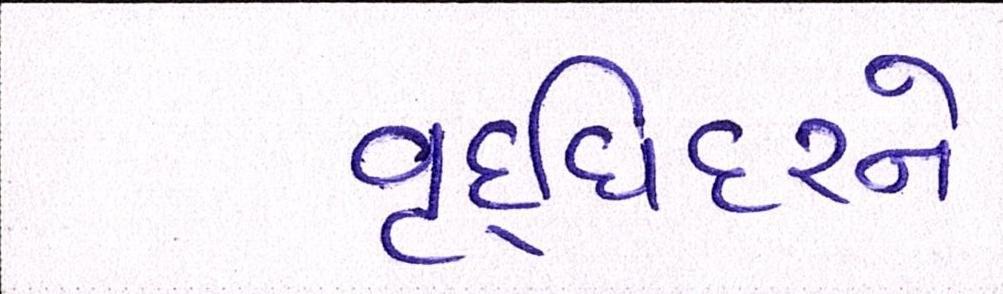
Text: વૃદ્ધિદરને